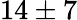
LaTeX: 14\pm 7